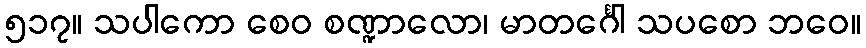
၅၁၇။ သပါကော စေဝ စဏ္ဍာလော၊ မာတင်္ဂေါ သပစော ဘဝေ။